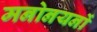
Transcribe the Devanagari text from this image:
मनोनयनों